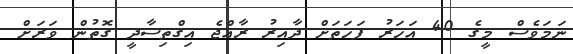
ނަމަވެސް މީގެ 40 އަހަރު ފަހަތަށް ދާއިރު ރާއްޖެ އިގްތިސާދީ ގޮތުން ވަރަށް